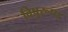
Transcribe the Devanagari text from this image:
विषुरूपऽ